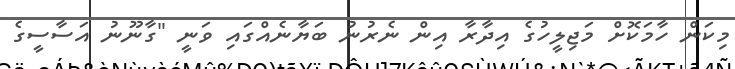
މިކަން ހާމަކޮށް މަޖިލީހުގެ އިދާރާ އިން ނެރުނު ބަޔާނެއްގައި ވަނީ "ގާނޫނު އަސާސީގެ